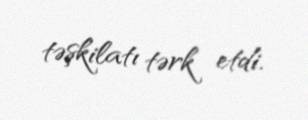
təşkilatı tərk etdi.